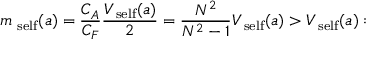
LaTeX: m _ { \mathrm { \scriptsize ~ s e l f } } ( a ) = \frac { C _ { A } } { C _ { F } } \frac { V _ { \mathrm { \scriptsize ~ s e l f } } ( a ) } { 2 } = \frac { N ^ { 2 } } { N ^ { 2 } - 1 } V _ { \mathrm { \scriptsize ~ s e l f } } ( a ) > V _ { \mathrm { \scriptsize ~ s e l f } } ( a ) :